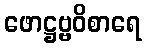
ဖောဋ္ဌဗ္ဗဝိစာရေ